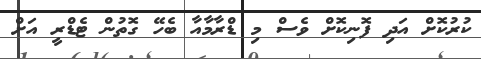
ކުރުކޮށް އަދި ފޮނިކޮށް ވެސް މި ޑްރާމާއާ ބެހޭ ގޮތުން ޓެޑްރީ އަށް